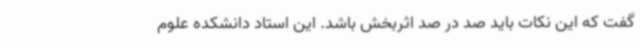
گفت که این نکات باید صد در صد اثربخش باشد. این استاد دانشکده علوم